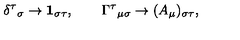
\delta ^ { \tau } { } _ { \sigma } \rightarrow \mathbf { 1 } _ { \sigma \tau } , \qquad \Gamma ^ { \tau } { } _ { \mu \sigma } \rightarrow ( A _ { \mu } ) _ { \sigma \tau } ,